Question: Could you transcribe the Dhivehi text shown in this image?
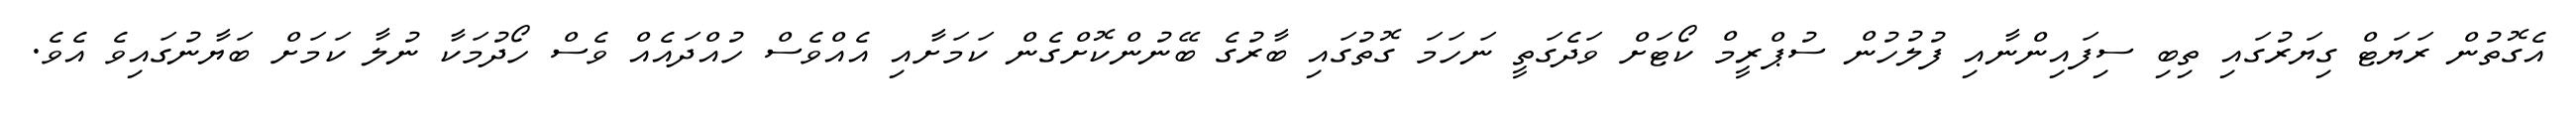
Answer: އެގޮތުން ރަޔަޓް ގިޔަރުގައި ތިބި ސިފައިންނާއި ފުލުހުން ސުޕްރީމް ކޯޓަށް ވަދެގަތީ ނަހަމަ ގޮތުގައި ބާރުގެ ބޭނުންކޮށްގެން ކަމަށާއި އެއްވެސް ހުއްދައެއް ވެސް ހޯދުމަކާ ނުލާ ކަމަށް ބަޔާނުގައިވެ އެވެ.